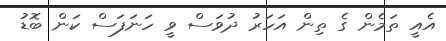
އެއީ ތަމެން ގެ ތިން އަހަރު ދުވަސް ވީ ހަނަފަސް ކަން ބޮޑު